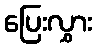
ပြေးလွှား